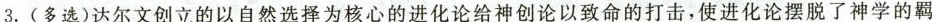
3.(多选)达尔文创立的以自然选择为核心的进化论给神创论以致命的打击，使进化论摆脱了神学的羁